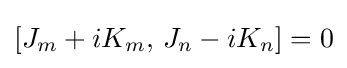
{\textstyle [J_{m}+iK_{m},\,J_{n}-iK_{n}]=0}